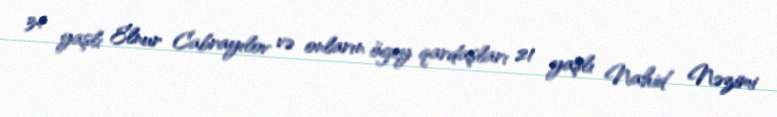
34 yaşlı Elnur Cabrayılov və onların ögey qardaşları 21 yaşlı Nahid Nəzimi